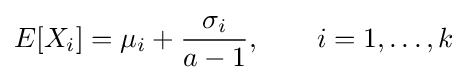
E[X_{i}]=\mu _{i}+{\frac {\sigma _{i}}{a-1}},\qquad i=1,\dots ,k